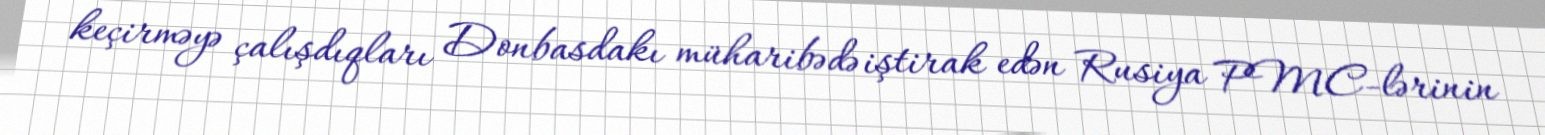
keçirməyə çalışdıqları Donbasdakı müharibədə iştirak edən Rusiya PMC-lərinin